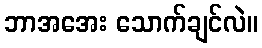
ဘာအအေး သောက်ချင်လဲ။